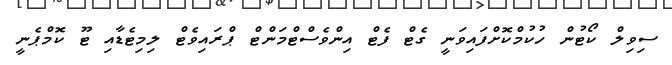
ސިވިލް ކޯޓުން ހުކުމްކޮށްފައިވަނީ ގެޓް ފެޓް އިންވެސްޓްމަންޓް ޕްރައިވެޓް ލިމިޓެޑާއި ޓޫ ކޮމްޕެނީ